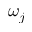
\omega _ { j }